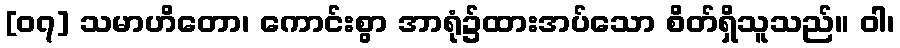
[၀၇] သမာဟိတော၊ ကောင်းစွာ အာရုံ၌ထားအပ်သော စိတ်ရှိသူသည်။ ဝါ၊